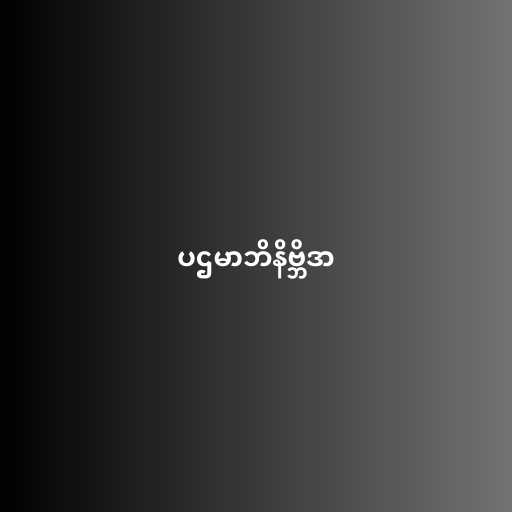
ပဌမာဘိနိဗ္ဘိဒာ